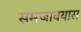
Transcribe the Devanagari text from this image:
समजावयास